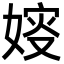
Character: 㛮